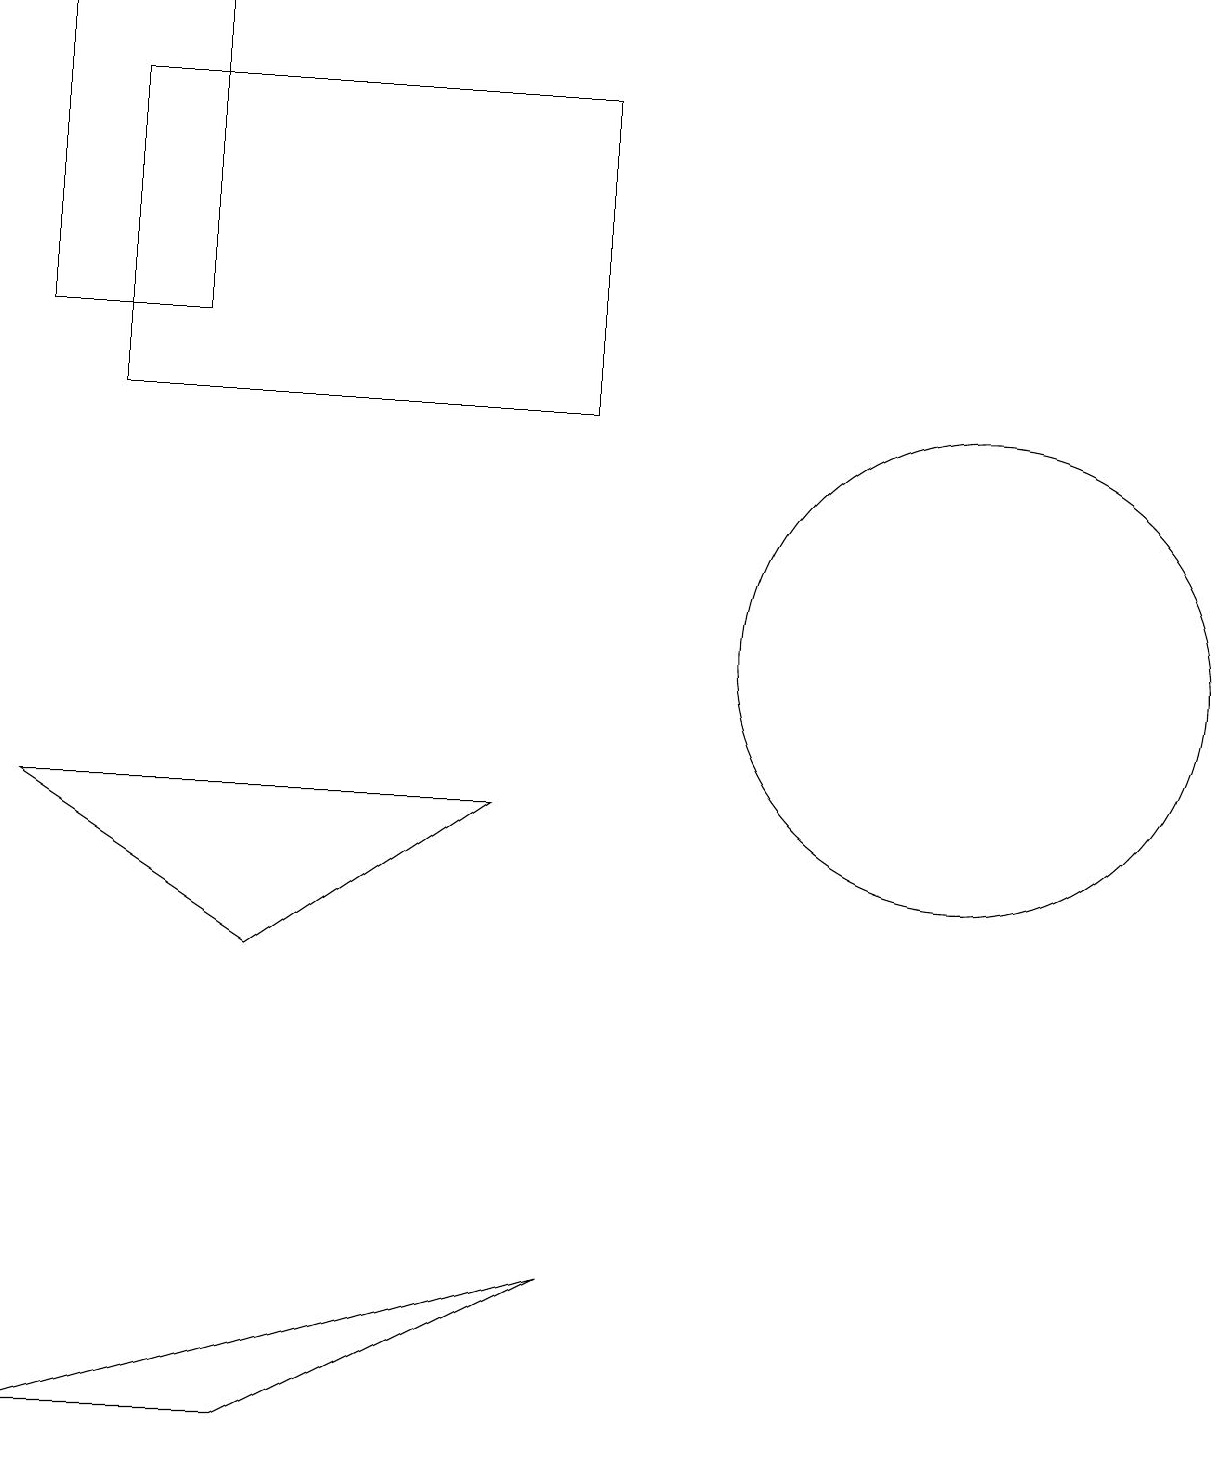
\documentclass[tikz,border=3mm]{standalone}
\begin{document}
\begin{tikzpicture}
\draw (3,0) -- (7,2) -- (0,0) -- cycle;
\draw (12,10) circle (3);
\draw (1,13) rectangle (7,17);
\draw (2,14) rectangle (0,18);
\draw (0,8) -- (3,6) -- (6,8) -- cycle;
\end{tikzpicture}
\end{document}